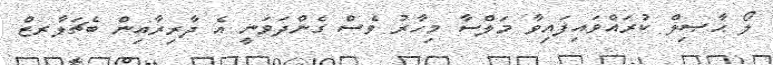
ލޯ ޙާޞިލް ކުރައްވައިފައިވާ މަލްސާ މިހާރު ވެސް ގެންދަވަނީ އެ ދާރިރާއިން ބެޗަލާރޒް